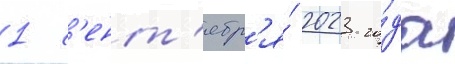
1 с'ент'ябр'я́ 2023 го́да